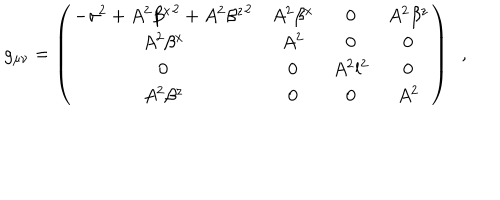
g _ { \mu \nu } = \left( \begin{array} { c c c c } { { - { \sigma } ^ { 2 } + A ^ { 2 } { \beta ^ { x } } ^ { 2 } + A ^ { 2 } { \beta ^ { z } } ^ { 2 } } } & { { A ^ { 2 } \beta ^ { x } } } & { { 0 } } & { { A ^ { 2 } \beta ^ { z } } } \\ { { A ^ { 2 } \beta ^ { x } } } & { { A ^ { 2 } } } & { { 0 } } & { { 0 } } \\ { { 0 } } & { { 0 } } & { { A ^ { 2 } l ^ { 2 } } } & { { 0 } } \\ { { A ^ { 2 } \beta ^ { z } } } & { { 0 } } & { { 0 } } & { { A ^ { 2 } } } \\ \end{array} \right) \; \; ,